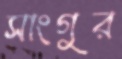
সাংগুর